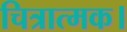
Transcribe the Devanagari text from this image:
चित्रात्मक।